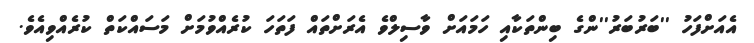
އެއަށްފަހު ''ބަރުބަރު''ންގެ ބިންތަކާއި ހަމައަށް ވާސިލްވެ އެރަށްތައް ފަތަހަ ކުރެއްވުމަށް މަސައްކަތް ކުރެއްވިއެވެ.